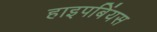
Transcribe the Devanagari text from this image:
हाइपबिंयस